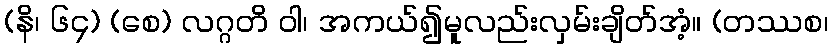
(နိ၊ ၆၄) (စေ) လဂ္ဂတိ ဝါ၊ အကယ်၍မူလည်းလှမ်းချိတ်အံ့။ (တဿစ၊